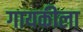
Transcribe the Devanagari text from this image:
गायकीला